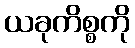
ယခုကိစ္စကို